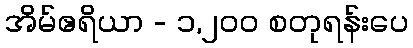
အိမ်ဧရိယာ - ၁,၂၀၀ စတုရန်းပေ